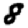
Digit: 8